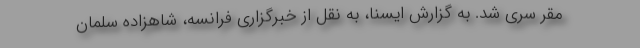
مقر سری شد. به گزارش ایسنا، به نقل از خبرگزاری فرانسه، شاهزاده سلمان